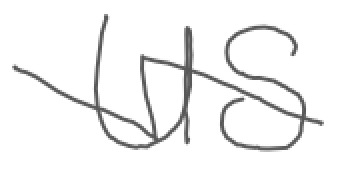
Text: US
Cross-out: zig-zag
Writing tool: digital_gray